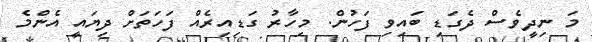
މަ ނިދީވެސް ދެގަޑި ބައިވި ފަހުން. މިހާރު ގަޑިއިރެއް ފަހަތަށް ދިޔައީ އެންމެ